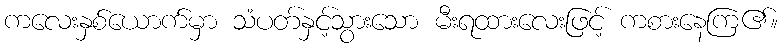
ကလေးနှစ်ယောက်မှာ သံပတ်နှင့်သွားသော မီးရထားလေးဖြင့် ကစားနေကြ၏။